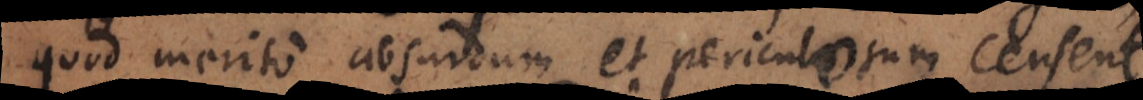
quod merito absurdum et periculosum censent,